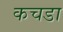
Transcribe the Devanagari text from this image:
कचडा